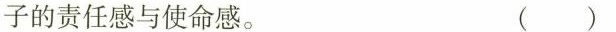
子的责任感与使命感。 ( )